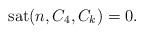
LaTeX: \begin{align*}\textup{sat}(n , C_4 , C_k ) = 0.\end{align*}